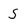
Character: 5